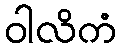
ဝါလိကံ